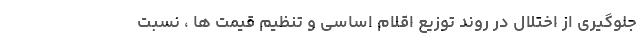
جلوگیری از اختلال در روند توزیع اقلام اساسی و تنظیم قیمت ها ، نسبت